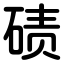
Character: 碛